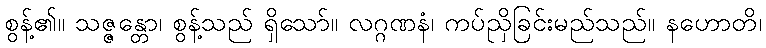
စွန့်၏။ သဇ္ဇန္တော၊ စွန့်သည် ရှိသော်။ လဂ္ဂဏနံ၊ ကပ်ညှိခြင်းမည်သည်။ နဟောတိ၊